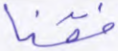
فقنا